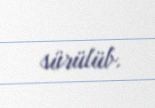
sürülüb.